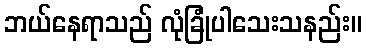
ဘယ်နေရာသည် လုံခြုံပါသေးသနည်း။